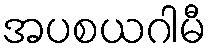
အပစယဂါမီ